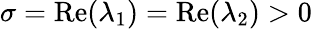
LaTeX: \sigma=\operatorname{Re}(\lambda_{1})=\operatorname{Re}(\lambda_{2})>0